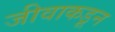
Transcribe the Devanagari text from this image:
जीवाकडून